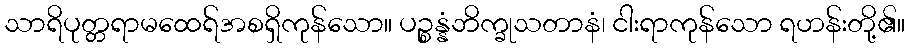
သာရိပုတ္တရာမထေရ်အစရှိကုန်သော။ ပဉ္စန္နံဘိက္ခုသတာနံ၊ ငါးရာကုန်သော ရဟန်းတို့၏။